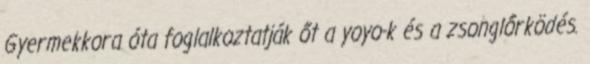
Gyermekkora óta foglalkoztatják őt a yoyo-k és a zsonglőrködés.